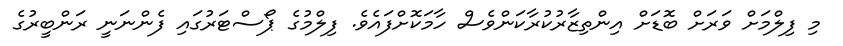
މި ފިލްމަށް ވަރަށް ބޮޑަށް އިންތިޒާރުކުރާކަންވެސް ހާމަކޮށްފައެވެ. ފިލްމުގެ ޕޯސްޓަރުގައި ފެންނަނީ ރަންބީރުގެ